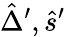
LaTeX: \hat{\Delta}^{\prime},\hat{s}^{\prime}